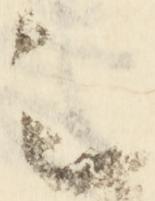
之